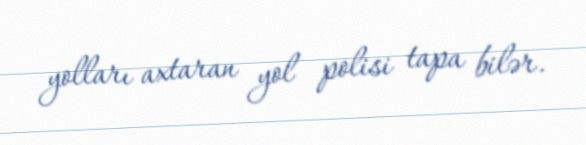
yolları axtaran yol polisi tapa bilər.